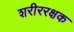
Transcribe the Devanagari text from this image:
शरीररक्षक